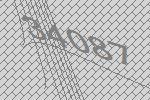
34087